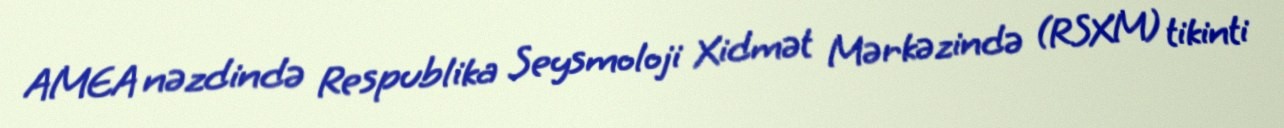
AMEA nəzdində Respublika Seysmoloji Xidmət Mərkəzində (RSXM) tikinti